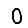
Digit: 0